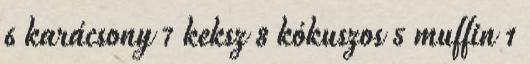
6 karácsony 7 keksz 8 kókuszos 5 muffin 1